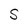
Character: S